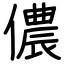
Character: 儂